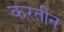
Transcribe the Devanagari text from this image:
करतीन